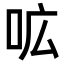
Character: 𭇗